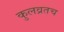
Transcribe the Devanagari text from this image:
कुलव्रतच